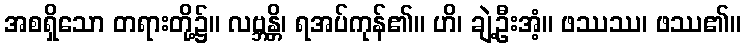
အစရှိသော တရားတို့၌။ လဗ္ဘန္တိ၊ ရအပ်ကုန်၏။ ဟိ၊ ချဲ့ဦးအံ့။ ဖဿဿ၊ ဖဿ၏။